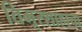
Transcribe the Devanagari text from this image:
तिमूरशाहाचा